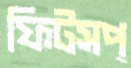
ফিটসপ্